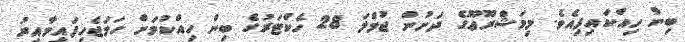
ބިން ހިއްކައިފިއެވެ. މިމަޝްރޫޢޫގެ ދަށުން ޖުމްލަ 28 ހެކްޓަރުގެ ބިން ހިއްކުމަށް ހަމަޖެހިފައިވާއިރު